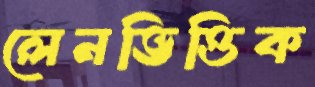
লেনভিত্তিক